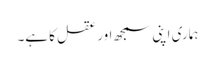
ہماری اپنی سمجھ اور عقل کا ہے۔